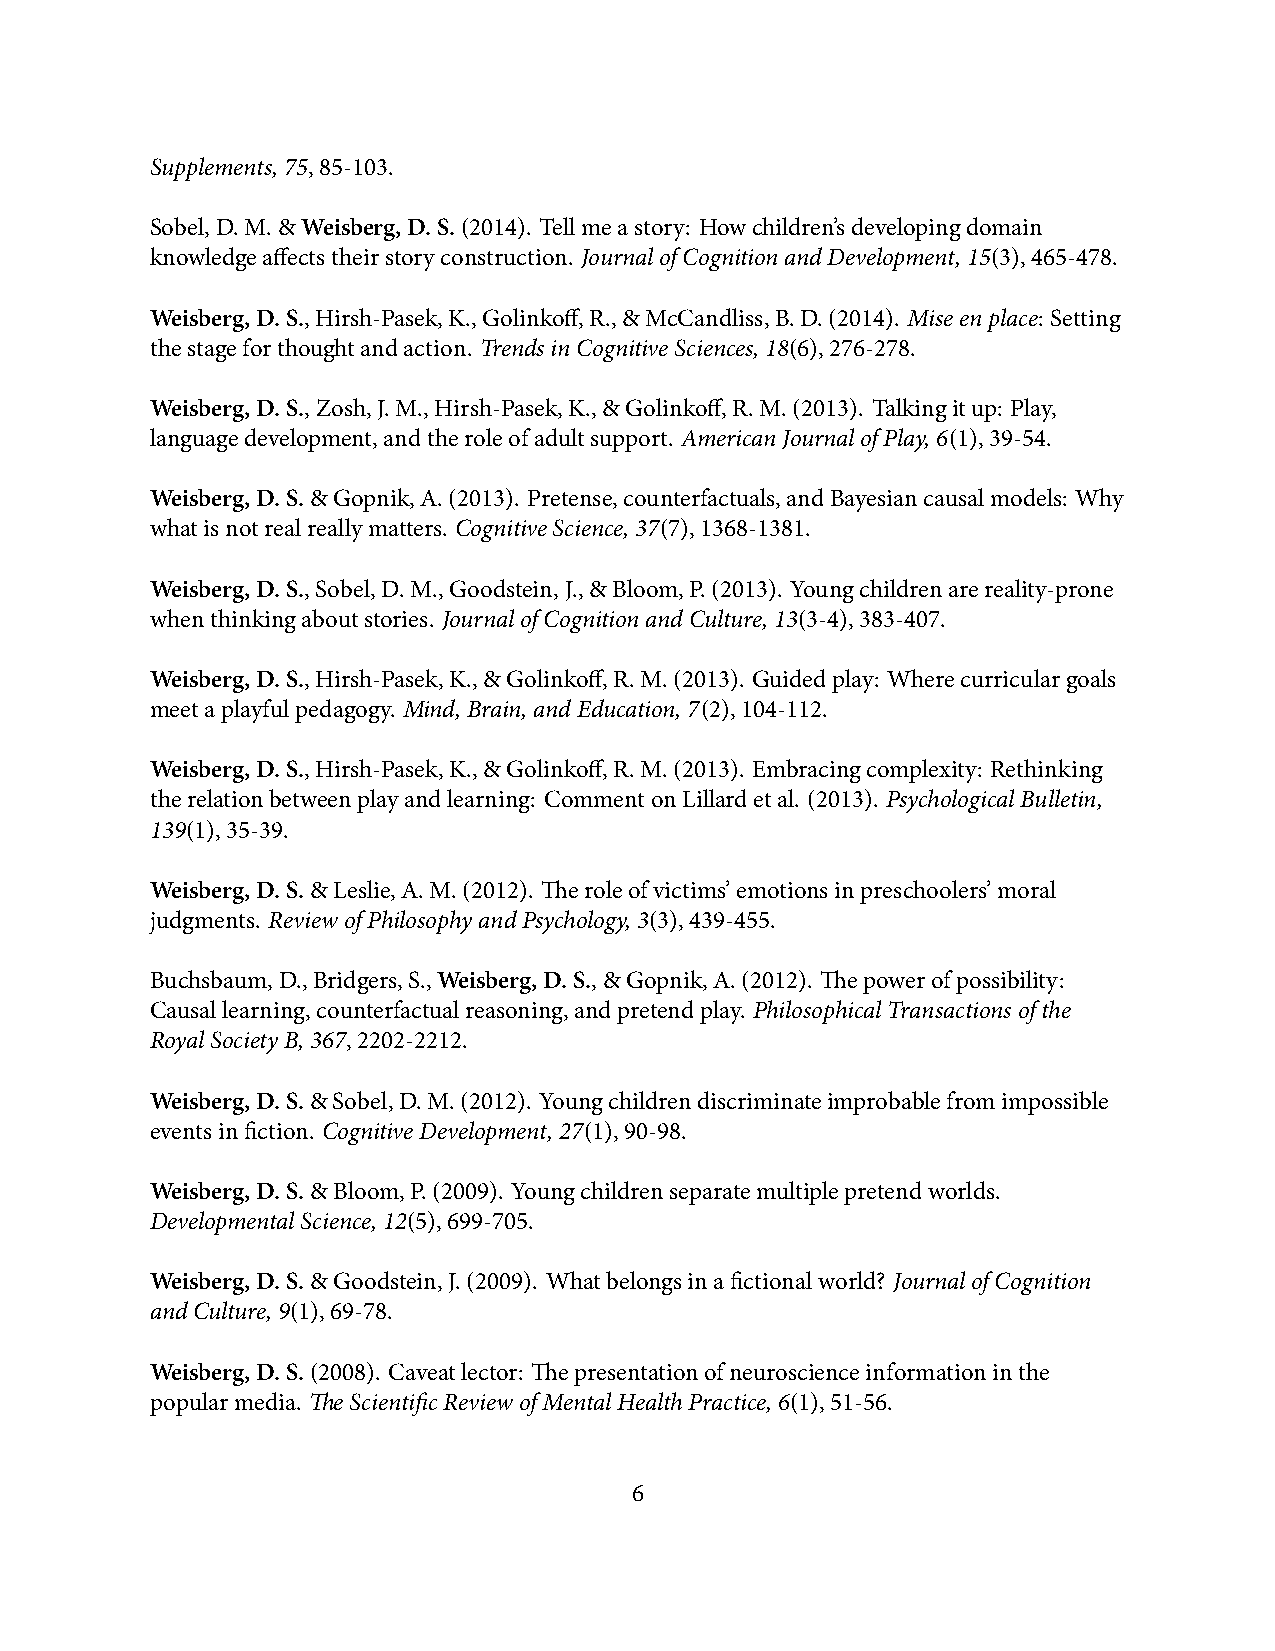
Supplements,75,85-103.
 Sobel,D.M.&Weisberg,D.S.(2014). Tellmeastory: Howchildren’sdevelopingdomain
 knowledgeaffectstheirstoryconstruction. JournalofCognitionandDevelopment,15(3),465-478.
 Weisberg,D.S.,Hirsh-Pasek,K.,Golinkoff,R.,&McCandliss,B.D.(2014). Miseenplace: Setting
 thestageforthoughtandaction. TrendsinCognitiveSciences,18(6),276-278.
 Weisberg,D.S.,Zosh,J.M.,Hirsh-Pasek,K.,&Golinkoff,R.M.(2013). Talkingitup: Play,
 languagedevelopment,andtheroleofadultsupport. AmericanJournalofPlay,6(1),39-54.
 Weisberg,D.S.&Gopnik,A.(2013). Pretense,counterfactuals,andBayesiancausalmodels: Why
 whatisnotrealreallymatters. CognitiveScience,37(7),1368-1381.
 Weisberg,D.S.,Sobel,D.M.,Goodstein,J.,&Bloom,P.(2013). Youngchildrenarereality-prone
 whenthinkingaboutstories. JournalofCognitionandCulture,13(3-4),383-407.
 Weisberg,D.S.,Hirsh-Pasek,K.,&Golinkoff,R.M.(2013). Guidedplay: Wherecurriculargoals
 meetaplayfulpedagogy. Mind,Brain,andEducation,7(2),104-112.
 Weisberg,D.S.,Hirsh-Pasek,K.,&Golinkoff,R.M.(2013). Embracingcomplexity: Rethinking
 therelationbetweenplayandlearning: CommentonLillardetal. (2013). PsychologicalBulletin,
 139(1),35-39.
 Weisberg,D.S.&Leslie,A.M.(2012). Theroleofvictims’emotionsinpreschoolers’moral
 judgments. ReviewofPhilosophyandPsychology,3(3),439-455.
 Buchsbaum,D.,Bridgers,S.,Weisberg,D.S.,&Gopnik,A.(2012). Thepowerofpossibility:
 Causallearning,counterfactualreasoning,andpretendplay. PhilosophicalTransactionsofthe
 RoyalSocietyB,367,2202-2212.
 Weisberg,D.S.&Sobel,D.M.(2012). Youngchildrendiscriminateimprobablefromimpossible
 eventsinfiction. CognitiveDevelopment,27(1),90-98.
 Weisberg,D.S.&Bloom,P.(2009). Youngchildrenseparatemultiplepretendworlds.
 DevelopmentalScience,12(5),699-705.
 Weisberg,D.S.&Goodstein,J.(2009). Whatbelongsinafictionalworld? JournalofCognition
 andCulture,9(1),69-78.
 Weisberg,D.S.(2008). Caveatlector: Thepresentationofneuroscienceinformationinthe
 popularmedia. TheScientificReviewofMentalHealthPractice,6(1),51-56.
 6